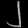
Digit: ၂